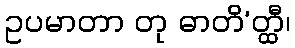
ဥပမာတာ တု ဓာတိ’တ္ထီ၊